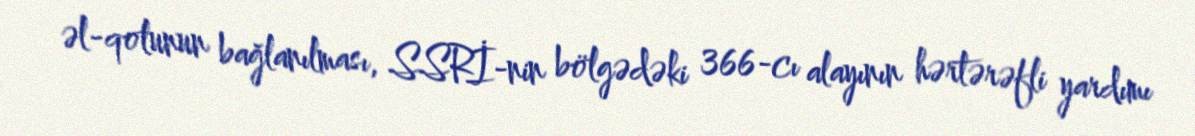
əl-qolunun bağlanılması, SSRİ-nin bölgədəki 366-cı alayının hərtərəfli yardımı